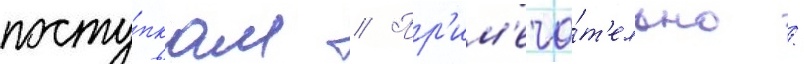
посту́пкам // Пр'им'еча́т'ельно /